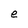
Character: e